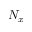
N _ { x }